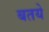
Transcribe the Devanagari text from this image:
बतये